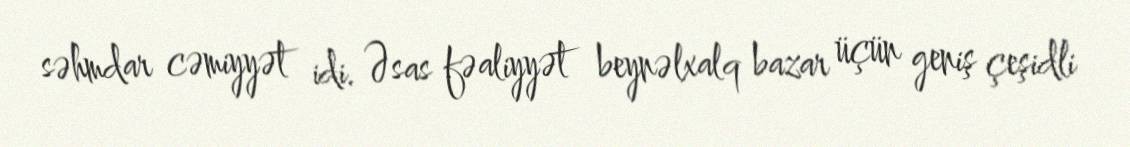
səhmdar cəmiyyət idi. Əsas fəaliyyət beynəlxalq bazar üçün geniş çeşidli